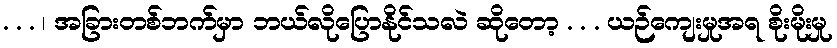
. . . ၊ အခြားတစ်ဘက်မှာ ဘယ်လိုပြောနိုင်သလဲ ဆိုတော့ . . . ယဉ်ကျေးမှုအရ စိုးမိုးမှု